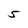
Character: 5